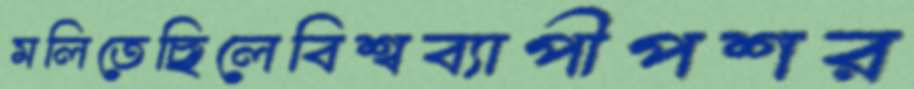
মলিতেছিলেবিশ্বব্যাপীপশর